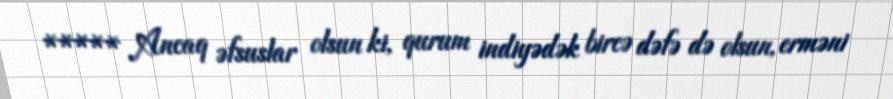
***** Ancaq əfsuslar olsun ki, qurum indiyədək bircə dəfə də olsun, erməni